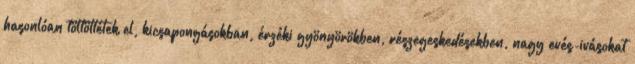
hasonlóan töltöttétek el, kicsapongásokban, érzéki gyönyörökben, részegeskedésekben, nagy evés-ivásokat